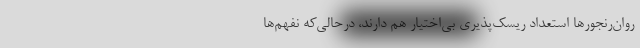
روان‌رنجورها استعداد ریسک‌پذیریِ بی‌اختیار هم دارند، درحالی‌که نفهم‌ها